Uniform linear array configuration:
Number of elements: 24
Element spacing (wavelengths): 1
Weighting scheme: kaiser
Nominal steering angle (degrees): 0
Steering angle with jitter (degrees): -1.686
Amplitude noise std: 0.05
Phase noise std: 0.05

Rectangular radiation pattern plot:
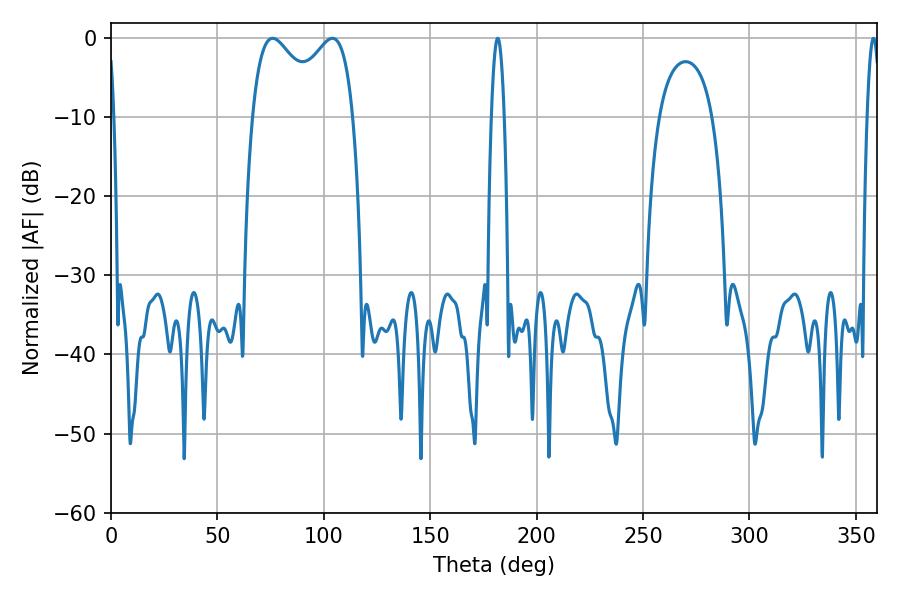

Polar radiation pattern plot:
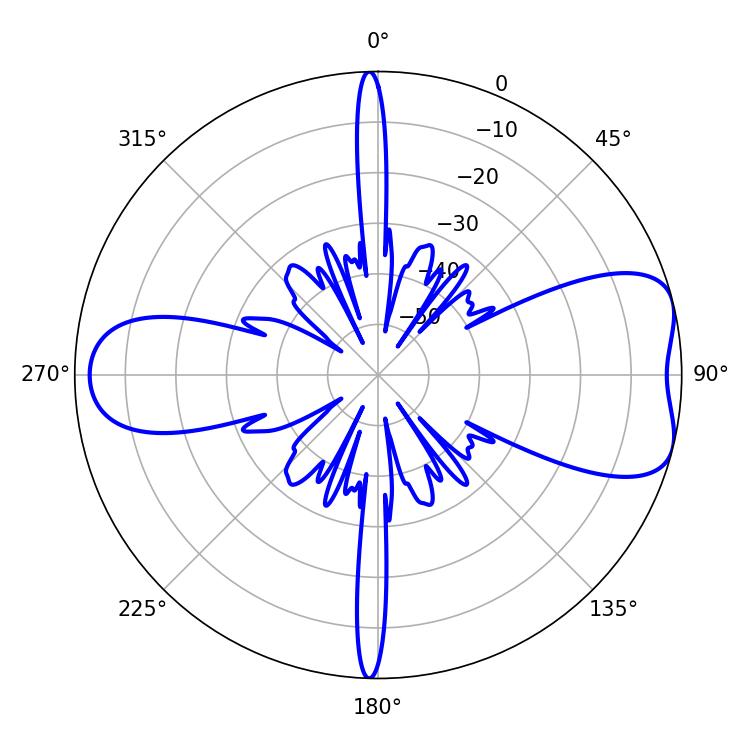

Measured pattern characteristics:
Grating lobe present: TRUE
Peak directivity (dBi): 7.13
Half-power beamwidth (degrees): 39.6
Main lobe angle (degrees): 75.96